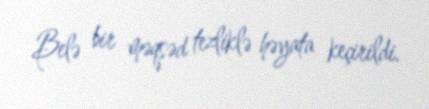
Belə bir məqsəd tezliklə həyata keçirildi.